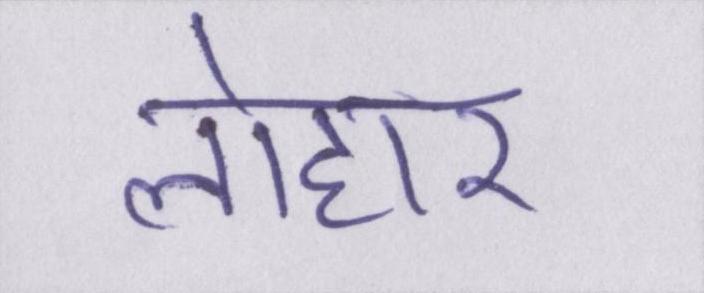
लोहार